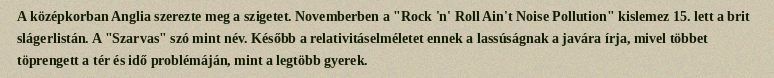
A középkorban Anglia szerezte meg a szigetet. Novemberben a "Rock 'n' Roll Ain't Noise Pollution" kislemez 15. lett a brit slágerlistán. A "Szarvas" szó mint név. Később a relativitáselméletet ennek a lassúságnak a javára írja, mivel többet töprengett a tér és idő problémáján, mint a legtöbb gyerek.